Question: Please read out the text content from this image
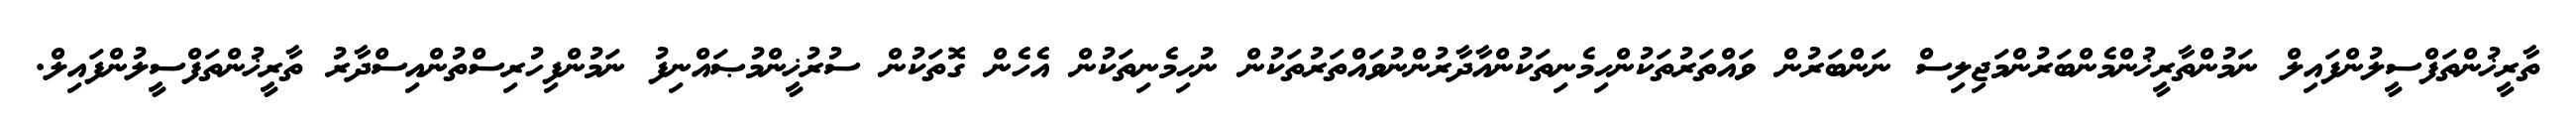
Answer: ތާރީޚުންތަފްސީލުންފައިލް ނަމުންތާރީޚުންމެންބަރުންމަޖިލިސް ނަންބަރުން ވައްތަރުތަކުންހިމެނިތަކުންއާދާރުންނުވައްތަރުތަކުން ނުހިމެނިތަކުން އެހެން ގޮތަކުން ސުރުޚީންމުޞައްނިފު ނަމުންފިހުރިސްތުންއިސްދާރު ތާރީޚުންތަފްސީލުންފައިލް.